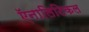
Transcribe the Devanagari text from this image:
ऍनालिटिकल